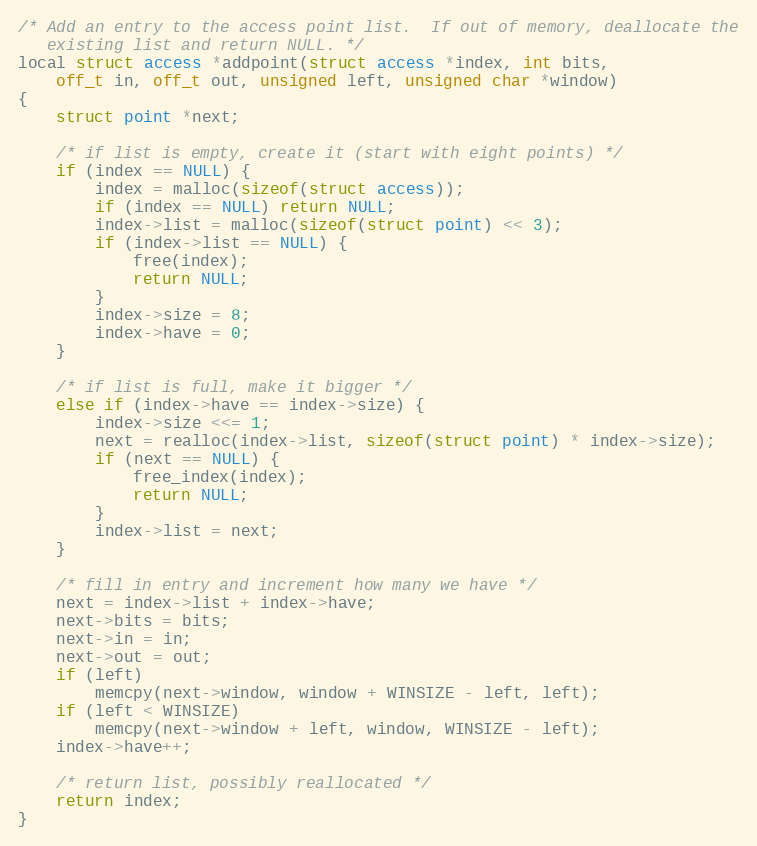
Language: C
/* Add an entry to the access point list.  If out of memory, deallocate the
   existing list and return NULL. */
local struct access *addpoint(struct access *index, int bits,
    off_t in, off_t out, unsigned left, unsigned char *window)
{
    struct point *next;

    /* if list is empty, create it (start with eight points) */
    if (index == NULL) {
        index = malloc(sizeof(struct access));
        if (index == NULL) return NULL;
        index->list = malloc(sizeof(struct point) << 3);
        if (index->list == NULL) {
            free(index);
            return NULL;
        }
        index->size = 8;
        index->have = 0;
    }

    /* if list is full, make it bigger */
    else if (index->have == index->size) {
        index->size <<= 1;
        next = realloc(index->list, sizeof(struct point) * index->size);
        if (next == NULL) {
            free_index(index);
            return NULL;
        }
        index->list = next;
    }

    /* fill in entry and increment how many we have */
    next = index->list + index->have;
    next->bits = bits;
    next->in = in;
    next->out = out;
    if (left)
        memcpy(next->window, window + WINSIZE - left, left);
    if (left < WINSIZE)
        memcpy(next->window + left, window, WINSIZE - left);
    index->have++;

    /* return list, possibly reallocated */
    return index;
}